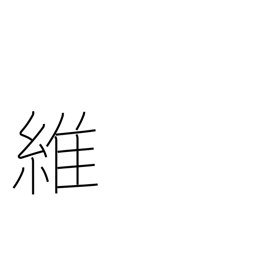
Meaning: rope